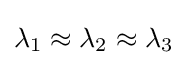
\lambda _{1}\approx \lambda _{2}\approx \lambda _{3}